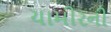
યામીરની